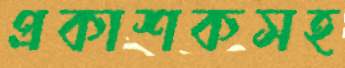
প্রকাশকসহ